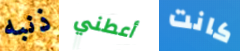
ذنبه أعطني كانت